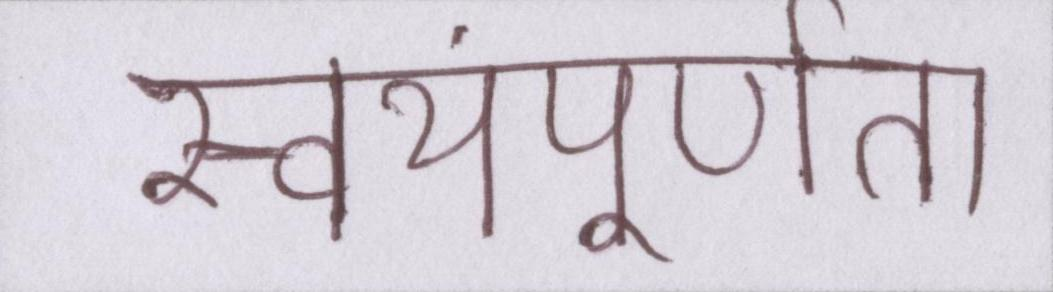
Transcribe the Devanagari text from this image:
स्वयंपूर्णता